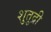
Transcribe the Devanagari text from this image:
शुतुद्री